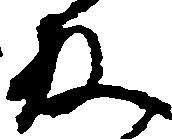
殿